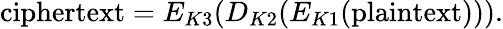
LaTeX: {\textrm{ciphertext}}=E_{K3}(D_{K2}(E_{K1}({\textrm{plaintext}}))).